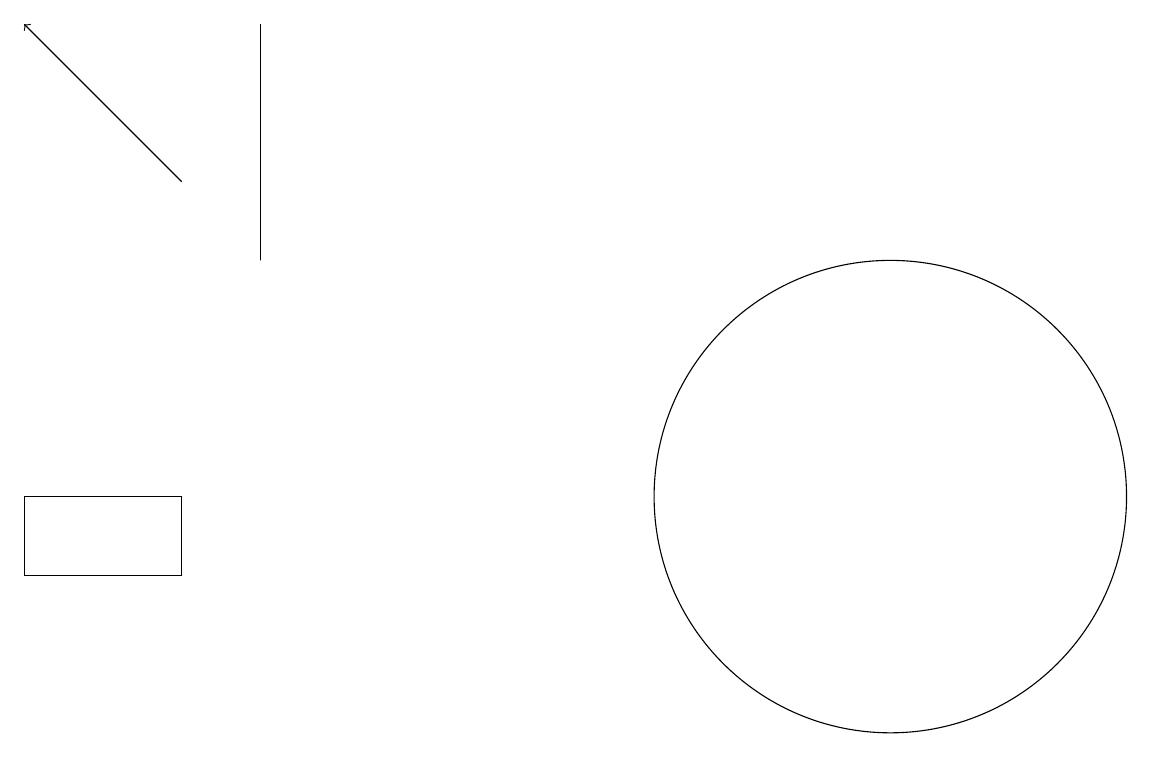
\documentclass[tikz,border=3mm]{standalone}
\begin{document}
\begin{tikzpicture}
\draw[->] (2,15) -- (0,17);
\draw (2,11) rectangle (0,10);
\draw (3,17) rectangle (3,14);
\draw (11,11) circle (3);
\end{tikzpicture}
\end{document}